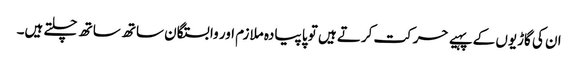
ان کی گاڑیوں کے پہیے حرکت کرتے ہیں تو پا پیادہ ملازم اور وابستگان ساتھ ساتھ چلتے ہیں۔